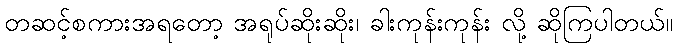
တဆင့်စကားအရတော့ အရုပ်ဆိုးဆိုး၊ ခါးကုန်းကုန်း လို့ ဆိုကြပါတယ်။